Opetatud_Eesti_Selts, lk 7
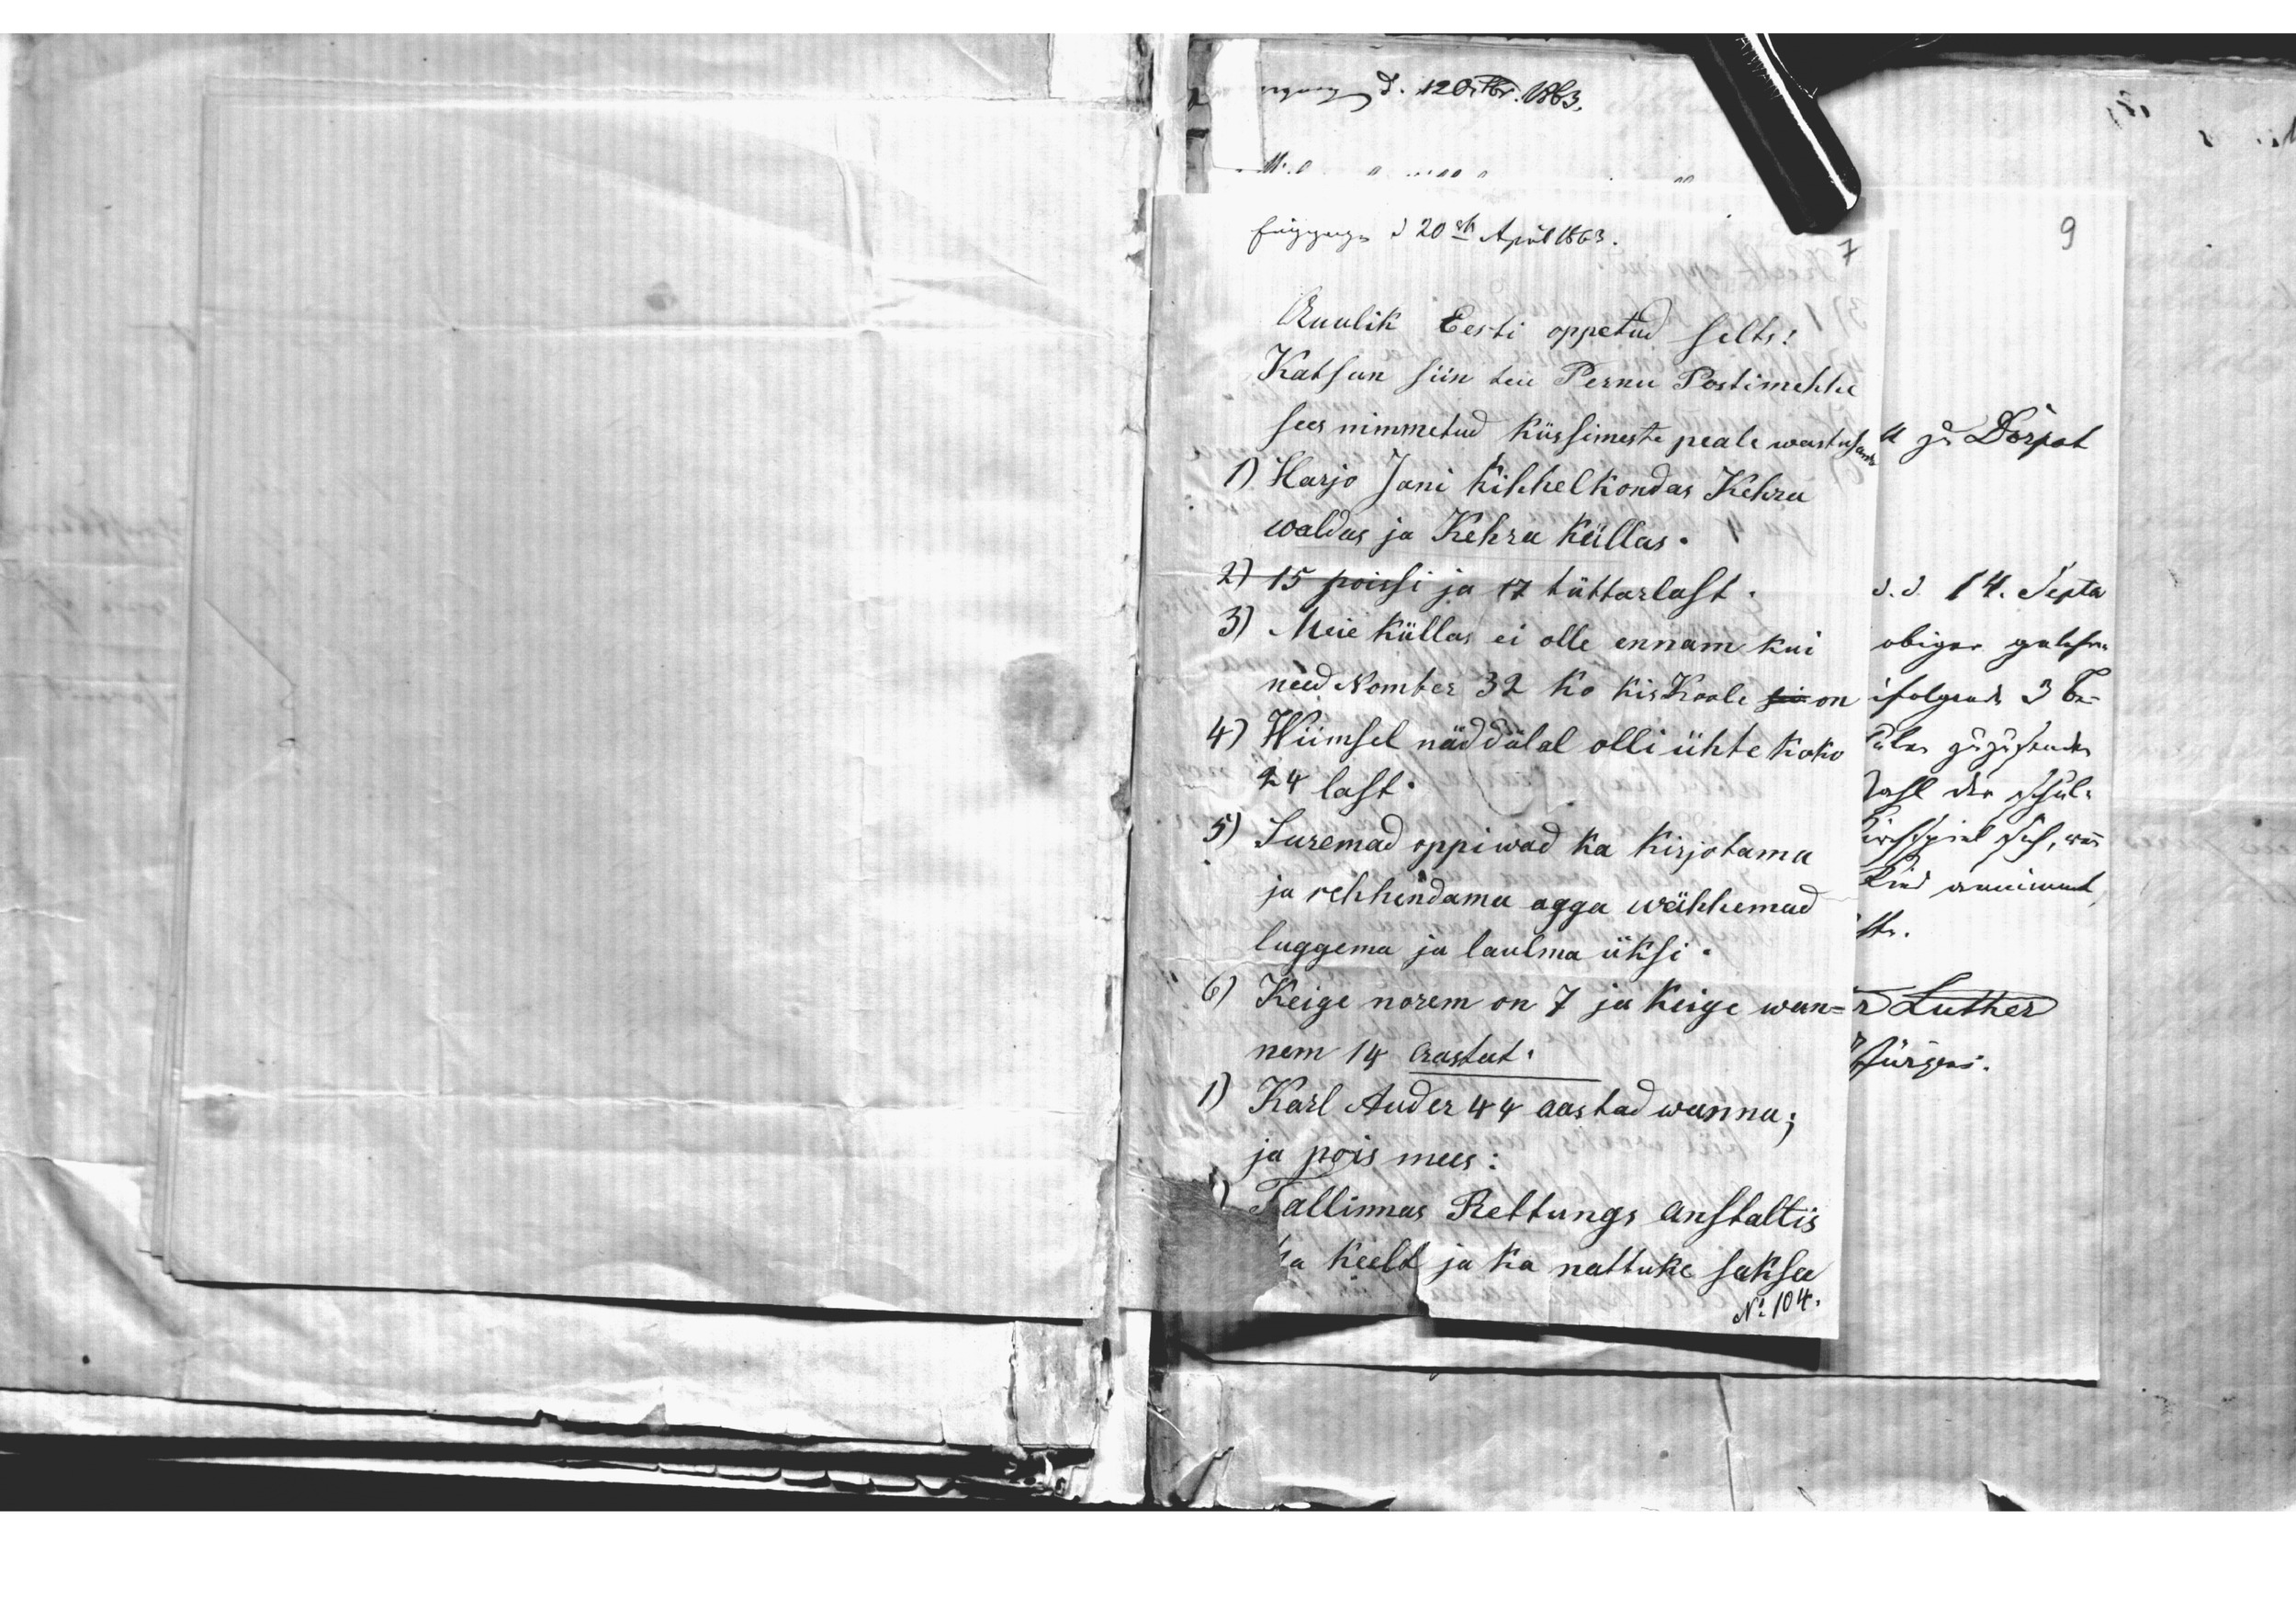
sügguga § 20ch Apil 1863.
Auulik Eesti oppetud selts!
Katsun siin teie Pernu Postimehhe
sees nimmetud küssimeste peale wastusam
1) Harjo Jani Kihhelkondas Kehra
waldus ja Kehra Küllas.
2) 15 poissi ja 17 tüttarlast.
3) Meie Küllas ei olle ennam kui
need Nomber 32 Ko KisKooli on
4) Wiimsel näddälal olli ühte koko
24 last.
5) Suremad oppiwad ka kirjotama
ja rehkendama agga wähhemad
luggema ja laulma üksi.
6) Keige norem on 7 ja Keige wan-
nem 14. aastat.
1) Karl Auder 44 aastad wanna,
ja pois mees:
Tallinnas Rettungs Anstaltis
ha keelt ja ka nattuke saksa
N: 104.